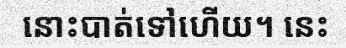
នោះបាត់ទៅហើយ។ នេះ